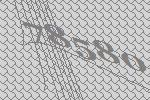
78580